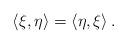
LaTeX: \begin{align*}\langle\xi , \eta \rangle = \langle \eta ,\xi \rangle\,.\end{align*}